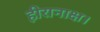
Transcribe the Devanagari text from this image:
हीरानाक्ष।